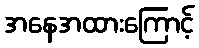
အနေအထားကြောင့်